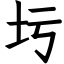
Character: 圬